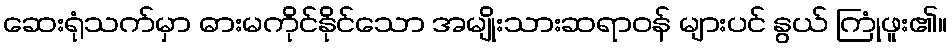
ဆေးရုံသက်မှာ ဓားမကိုင်နိုင်သော အမျိုးသားဆရာဝန် များပင် နွယ် ကြုံဖူး၏။